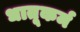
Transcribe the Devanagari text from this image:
धातूकर्म